Lunatic asylums Central Provinces reports 1874-1885 - 1874-1885
Year: 1874
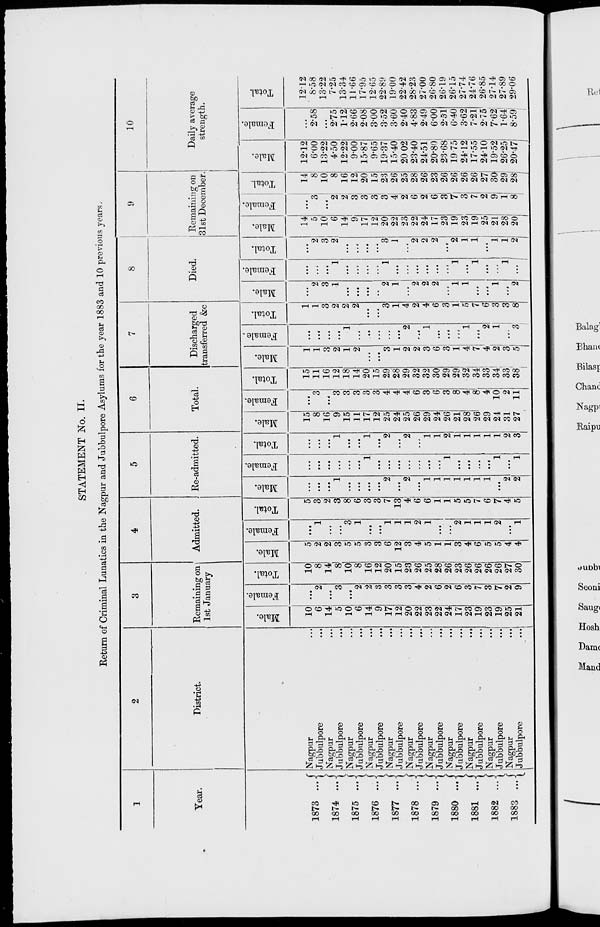
STATEMENT No. II.
Return of Criminal Lunatics in the Nagpur and Jubbulpore Asylums for the year 1883 and 10 previous years.
1
Year.
1873
...
1874 ...
1875...
1876
...
1877 ...
1878
...
1879
...
1880
...
1881
...
1882 ...
1883 ...
2
District.
Nagpur ...
Jubbulpore ...
Nagpur ...
Jubbulpore ...
Nagpur ...
Jubbulpore ...
Nagpur ...
Jubbulpore ...
Nagpur ...
Jubbulpore ...
Nagpur ...
Jubbulpore ...
Nagpur ...
Jubbulpore ...
Nagpur ...
Jubbulpore ...
Nagpur
...
Jubbulpore ...
Nagpur ...
Jubbulpore ...
Nagpur ...
Jubbulpore
...
3
Remaining on
1st January
Male.
10
6
14
5
10
6
14
9
17
12
20
22
23
22
24
17
23
19
23
19
25
21
Female.
...
2
...
3
...
2
2
3
3
3
3
4
2
6
2
6
3
7
3
7
2
9
Total.
10
8
14
8
10
8
16
12
20
15
23
26
25
28
26
23
26
26
26
26
27
30
4
Admitted.
Male.
5
2
2
3
5
5
3
3
6
12
3
4
5
1
1
3
4
6
5
5
4
4
Female.
...
1
...
...
3
1
...
...
1
1
1
2
1
...
...
2
1
1
1
2
...
1
Total.
5
3
2
3
8
6
3
3
7
13
4
6
6
1
1
5
5
7
6
7
4
5
5
Re-admitted.
Male.
...
...
...
1
...
...
...
...
2
...
2
...
1
1
1
1
1
1
1
...
2
2
Female.
...
...
...
...
...
...
1
...
...
...
...
...
...
...
1
...
...
...
...
1
...
1
Total
...
...
...
1
...
...
1
...
2
...
2
...
1
1
2
1
1
1
1
1
2
3
6
Total.
Male.
15
8
16
9
15
11
17
12
25
24
25
26
29
24
26
21
28
26
29
24
31
27
Female.
...
3
...
3
3
3
3
3
4
4
4
6
3
6
3
8
4
8
4
10
2
11
Total.
15
11
16
12
18
14
20
15
29
28
29
32
32
30
29
29
32
34
33
34
33
38
7
Discharged
transferred &c
Male.
1
1
3
2
1
2
...
...
3
1
2
2
3
6
3
1
4
7
4
2
3
5
Female.
...
...
...
...
1
...
...
...
...
...
2
...
1
...
...
...
1
...
2
1
...
3
Total.
1
1
3
2
2
2
...
...
3
1
4
2
4
6
3
1
5
7
6
3
3
8
8
Died.
Male.
...
2
3
1
...
...
...
...
2
1
...
2
2
2
...
1
1
...
...
1
...
2
Female.
...
...
...
1
...
...
...
...
1
...
...
...
...
...
...
1
...
1
...
...
1
...
Total.
...
2
3
2
...
...
...
...
3
1
...
2
2
2
...
2
1
1
...
1
1
2
9
Remaining on
31st December
Male.
14
5
10
6
14
9
17
12
20
22
23
22
24
17
23
19
23
19
25
21
28
20
Female.
...
3
...
2
2
3
3
3
3
4
2
6
2
6
3
7
3
7
2
9
1
8
Total.
14
8
10
8
16
12
20
15
23
26
25
28
26
23
26
26
26
26
27
30
29
28
10
Daily average
strength.
Male.
12.12
6.00
13.22
4.50
12.22
9.00
15.87
9.65
19.37
15.40
20.02
23.40
24.51
20.80
23.68
19.75
24.12
17.55
24.10
19.52
26.25
20.47
Female.
...
2.58
...
2.75
1.12
2.66
2.08
3.00
3.52
3.60
2.40
4.83
2.49
6.00
2.51
6.40
3.62
7.21
2.75
7.62
1.64
8.59
Total.
12.12
8.58
13.22
7.25
13.34
11.66
17.95
12.65
22.89
19.00
22.42
28.23
27.00
26.80
26.19
26.15
27.74
24.76
26.85
27.14
27.89
29.06